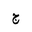
Letter: _gim